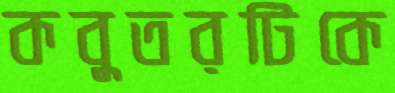
কবুতরটিকে